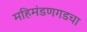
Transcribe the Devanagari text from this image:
महिमंडणगडचा